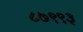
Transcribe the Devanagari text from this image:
८७९९३